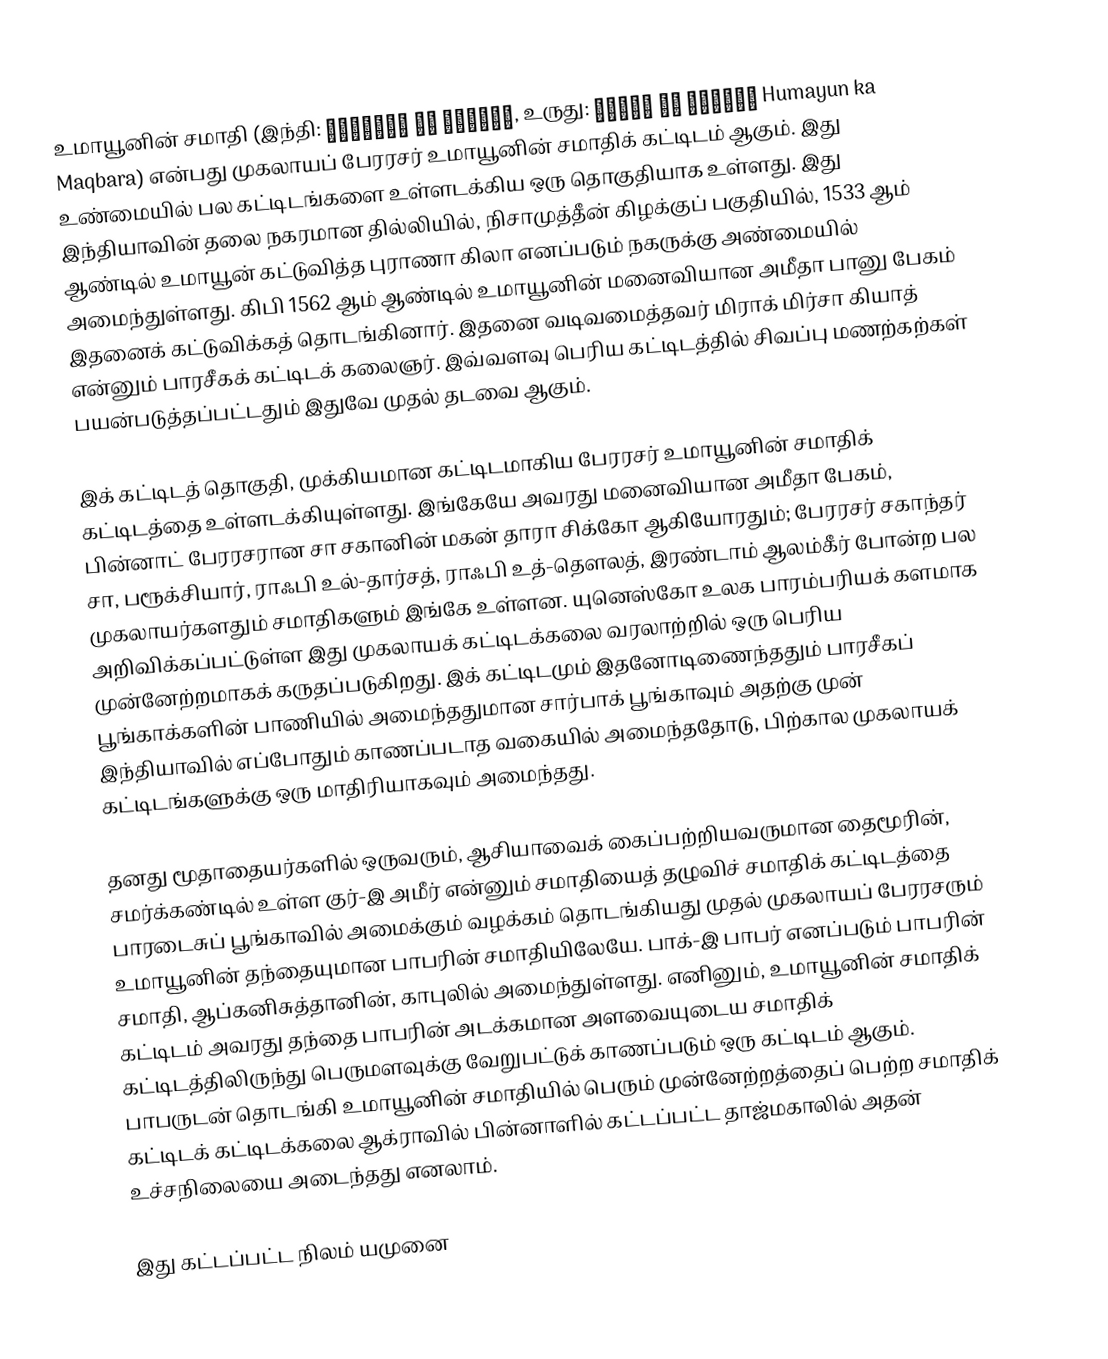
உமாயூனின் சமாதி (இந்தி: हुमायूँ का मक़बरा, உருது: ہمایون کا مقبره Humayun ka Maqbara) என்பது முகலாயப் பேரரசர் உமாயூனின் சமாதிக் கட்டிடம் ஆகும். இது உண்மையில் பல கட்டிடங்களை உள்ளடக்கிய ஒரு தொகுதியாக உள்ளது. இது இந்தியாவின் தலை நகரமான தில்லியில், நிசாமுத்தீன் கிழக்குப் பகுதியில், 1533 ஆம் ஆண்டில் உமாயூன் கட்டுவித்த புராணா கிலா எனப்படும் நகருக்கு அண்மையில் அமைந்துள்ளது. கிபி 1562 ஆம் ஆண்டில் உமாயூனின் மனைவியான அமீதா பானு பேகம் இதனைக் கட்டுவிக்கத் தொடங்கினார். இதனை வடிவமைத்தவர் மிராக் மிர்சா கியாத் என்னும் பாரசீகக் கட்டிடக் கலைஞர். இவ்வளவு பெரிய கட்டிடத்தில் சிவப்பு மணற்கற்கள் பயன்படுத்தப்பட்டதும் இதுவே முதல் தடவை ஆகும்.

இக் கட்டிடத் தொகுதி, முக்கியமான கட்டிடமாகிய பேரரசர் உமாயூனின் சமாதிக் கட்டிடத்தை உள்ளடக்கியுள்ளது. இங்கேயே அவரது மனைவியான அமீதா பேகம், பின்னாட் பேரரசரான சா சகானின் மகன் தாரா சிக்கோ ஆகியோரதும்; பேரரசர் சகாந்தர் சா, பரூக்சியார், ராஃபி உல்-தார்சத், ராஃபி உத்-தௌலத், இரண்டாம் ஆலம்கீர் போன்ற பல முகலாயர்களதும் சமாதிகளும் இங்கே உள்ளன. யுனெஸ்கோ உலக பாரம்பரியக் களமாக அறிவிக்கப்பட்டுள்ள இது முகலாயக் கட்டிடக்கலை வரலாற்றில் ஒரு பெரிய முன்னேற்றமாகக் கருதப்படுகிறது. இக் கட்டிடமும் இதனோடிணைந்ததும் பாரசீகப் பூங்காக்களின் பாணியில் அமைந்ததுமான சார்பாக் பூங்காவும் அதற்கு முன் இந்தியாவில் எப்போதும் காணப்படாத வகையில் அமைந்ததோடு, பிற்கால முகலாயக் கட்டிடங்களுக்கு ஒரு மாதிரியாகவும் அமைந்தது.

தனது மூதாதையர்களில் ஒருவரும், ஆசியாவைக் கைப்பற்றியவருமான தைமூரின், சமர்க்கண்டில் உள்ள குர்-இ அமீர் என்னும் சமாதியைத் தழுவிச் சமாதிக் கட்டிடத்தை பாரடைசுப் பூங்காவில் அமைக்கும் வழக்கம் தொடங்கியது முதல் முகலாயப் பேரரசரும் உமாயூனின் தந்தையுமான பாபரின் சமாதியிலேயே. பாக்-இ பாபர் எனப்படும் பாபரின் சமாதி, ஆப்கனிசுத்தானின், காபுலில் அமைந்துள்ளது. எனினும், உமாயூனின் சமாதிக் கட்டிடம் அவரது தந்தை பாபரின் அடக்கமான அளவையுடைய சமாதிக் கட்டிடத்திலிருந்து பெருமளவுக்கு வேறுபட்டுக் காணப்படும் ஒரு கட்டிடம் ஆகும். பாபருடன் தொடங்கி உமாயூனின் சமாதியில் பெரும் முன்னேற்றத்தைப் பெற்ற சமாதிக் கட்டிடக் கட்டிடக்கலை ஆக்ராவில் பின்னாளில் கட்டப்பட்ட தாஜ்மகாலில் அதன் உச்சநிலையை அடைந்தது எனலாம்.

இது கட்டப்பட்ட நிலம் யமுனை